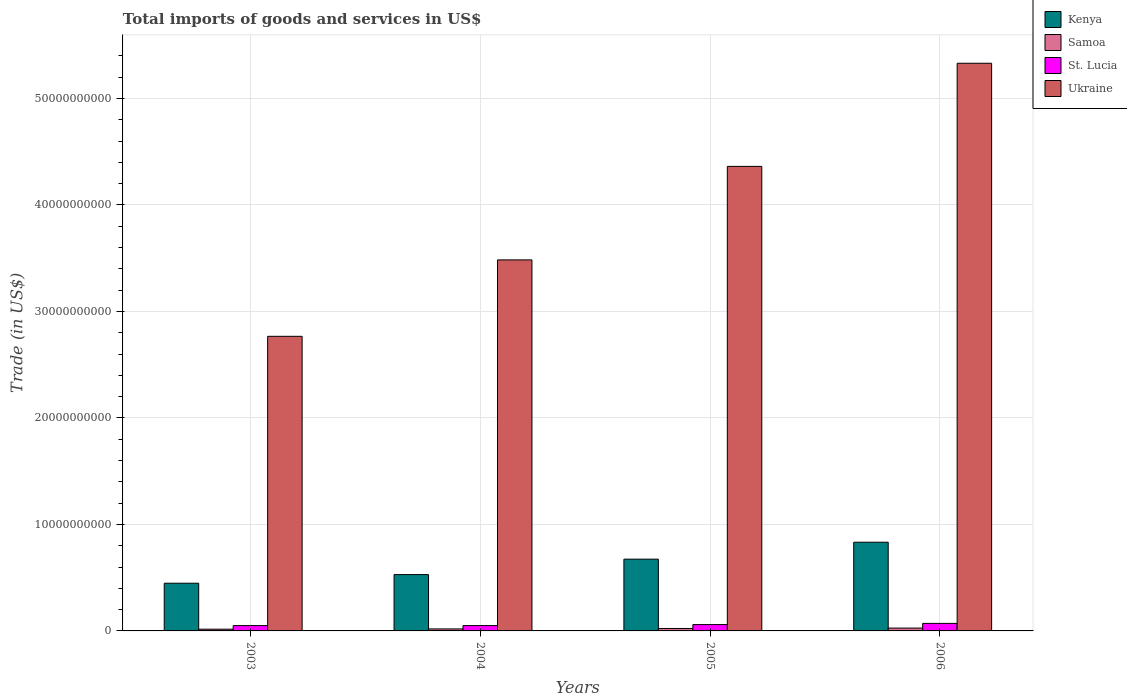
| Years | Kenya | Samoa | St. Lucia | Ukraine |
 | --- | --- | --- | --- | --- |
 | 2003 | 4.48e+09 | 1.63e+08 | 5e+08 | 2.77e+10 |
 | 2004 | 5.29e+09 | 1.88e+08 | 5e+08 | 3.48e+10 |
 | 2005 | 6.74e+09 | 2.3e+08 | 5.95e+08 | 4.36e+10 |
 | 2006 | 8.33e+09 | 2.66e+08 | 7.07e+08 | 5.33e+10 |